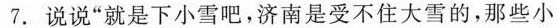
7. 说说”就是下小雪吧，济南是受不住大雪的，那些小